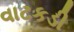
વાટકડી